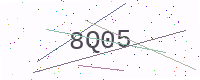
Text: 8Q05